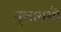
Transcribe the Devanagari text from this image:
तुलाराशौ